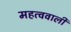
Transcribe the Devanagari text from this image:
महत्ववाली